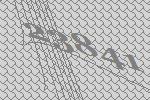
23841